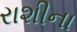
રાશીના